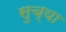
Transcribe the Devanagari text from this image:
सुच्या